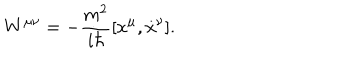
W ^ { \mu \nu } = - { \frac { m ^ { 2 } } { i \hbar } } [ \dot { x } ^ { \mu } , \dot { x } ^ { \nu } ] .